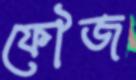
ফৌজ